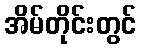
အိမ်တိုင်းတွင်